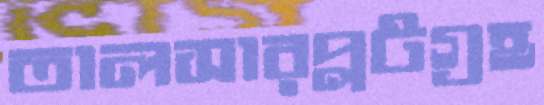
তালসারপ্লটগ্রহ